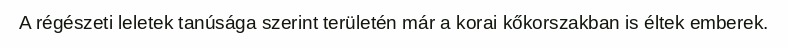
A régészeti leletek tanúsága szerint területén már a korai kőkorszakban is éltek emberek.